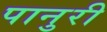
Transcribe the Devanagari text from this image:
पानुरी